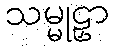
သမ္မုဠှာ